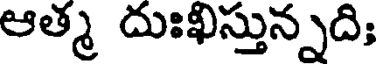
ఆత్మ దుఃఖిస్తున్నది;